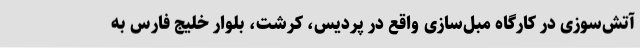
آتش‌سوزی در کارگاه مبل‌سازی واقع در پردیس، کرشت، بلوار خلیج فارس به